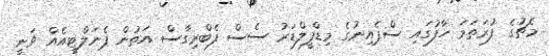
މެޗުގެ ފުރަތަމަ ހާފުގައި ސްޕެއިނުގެ މިޑްފީލްޑަރު ސެސް ފެބްރިގާސް އަތުން ޕެނަލްޓީއެއް ވަނީ